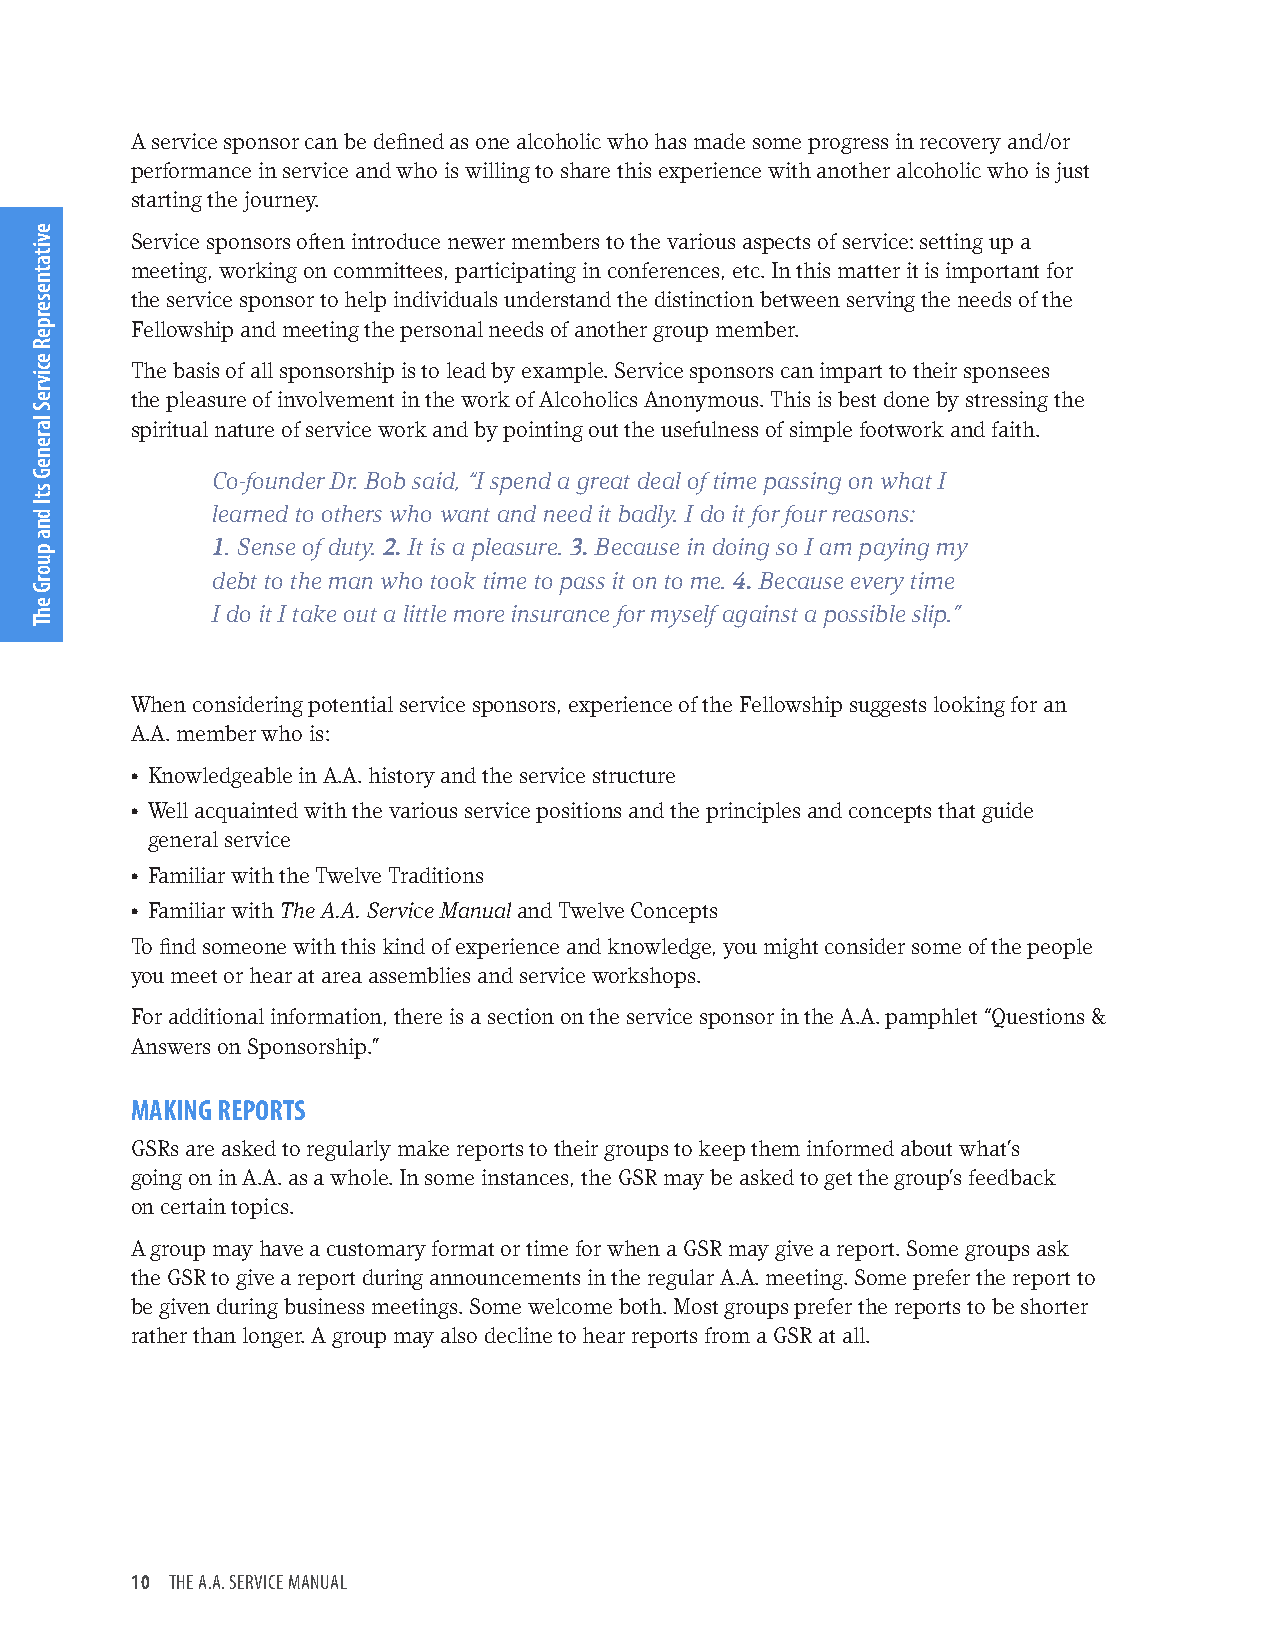
A service sponsor can be defined as one alcoholic who has made some progress in recovery and/or
 performance in service and who is willing to share this experience with another alcoholic who is just
 starting the journey.
 Service sponsors often introduce newer members to the various aspects of service: setting up a
 meeting, working on committees, participating in conferences, etc. In this matter it is important for
 the service sponsor to help individuals understand the distinction between serving the needs of the
 Fellowship and meeting the personal needs of another group member.
 The basis of all sponsorship is to lead by example. Service sponsors can impart to their sponsees
 the pleasure of involvement in the work of Alcoholics Anonymous. This is best done by stressing the
 spiritual nature of service work and by pointing out the usefulness of simple footwork and faith.
 Co-founder Dr. Bob said, “I spend a great deal of time passing on what I
 learned to others who want and need it badly. I do it for four reasons:
 1. Sense of duty. 2. It is a pleasure. 3. Because in doing so I am paying my
 debt to the man who took time to pass it on to me. 4. Because every time
 I do it I take out a little more insurance for myself against a possible slip.”
 When considering potential service sponsors, experience of the Fellowship suggests looking for an
 A.A. member who is:
 • Knowledgeable in A.A. history and the service structure
 • Well acquainted with the various service positions and the principles and concepts that guide
 general service
 • Familiar with the Twelve Traditions
 • Familiar with The A.A. Service Manual and Twelve Concepts
 To find someone with this kind of experience and knowledge, you might consider some of the people
 you meet or hear at area assemblies and service workshops.
 For additional information, there is a section on the service sponsor in the A.A. pamphlet “Questions &
 Answers on Sponsorship.”
 MAKING REPORTS
 GSRs are asked to regularly make reports to their groups to keep them informed about what’s
 going on in A.A. as a whole. In some instances, the GSR may be asked to get the group’s feedback
 on certain topics.
 A group may have a customary format or time for when a GSR may give a report. Some groups ask
 the GSR to give a report during announcements in the regular A.A. meeting. Some prefer the report to
 be given during business meetings. Some welcome both. Most groups prefer the reports to be shorter
 rather than longer. A group may also decline to hear reports from a GSR at all.
 10 THE A.A. SERVICE MANUAL
 evitatneserpeR
 ecivreS
 lareneG
 stI
 dna
 puorG
 ehT